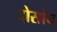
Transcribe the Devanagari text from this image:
दोसांघ